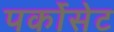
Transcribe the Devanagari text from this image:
पर्कोसेट